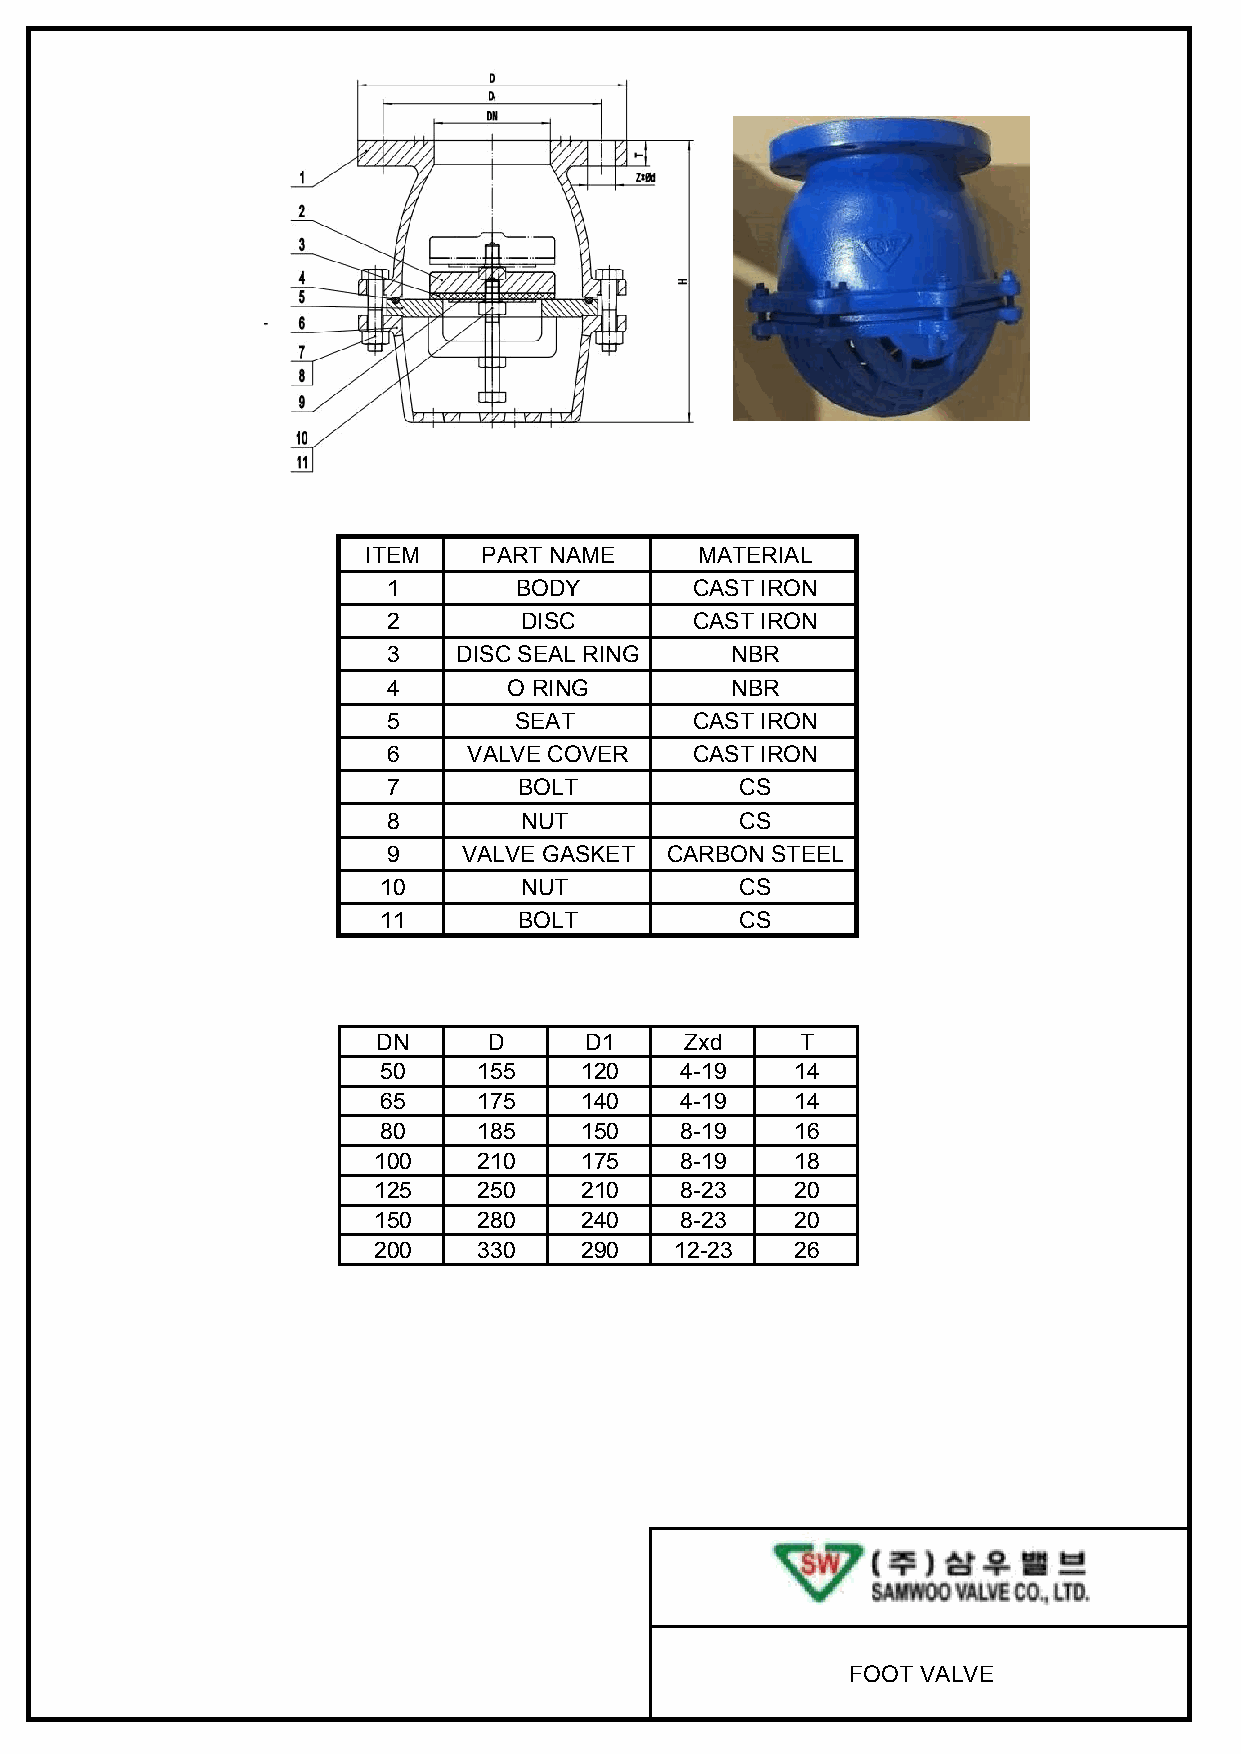
ITEM    PART NAME     MATERIAL
 1       BODY        CAST IRON
 2       DISC        CAST IRON
 3   DISC SEAL RING    NBR
 4       O RING        NBR
 5       SEAT        CAST IRON
 6    VALVE COVER    CAST IRON
 7       BOLT           CS
 8       NUT            CS
 9    VALVE GASKET CARBON STEEL
 10       NUT            CS
 11       BOLT           CS
 DN     D      D1    Zxd     T
 50     155   120    4-19    14
 65     175   140    4-19    14
 80     185   150    8-19    16
 100    210   175    8-19    18
 125    250   210    8-23    20
 150    280   240    8-23    20
 200    330   290    12-23   26
 FOOT VALVE